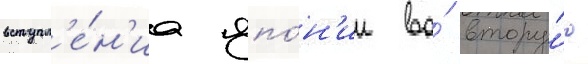
вступл'е́н'иа япо́н'ии во́ втору́ю